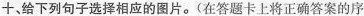
十，给下列句子选择相应的图片.(在答题卡上将正确答案的序